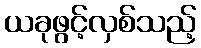
ယခုဖွင့်လှစ်သည့်